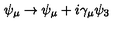
\psi _ { \mu } \rightarrow \psi _ { \mu } + i \gamma _ { \mu } \psi _ { 3 }